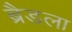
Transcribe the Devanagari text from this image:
ब्रैडला